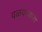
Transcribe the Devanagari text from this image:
वळवण्यारा